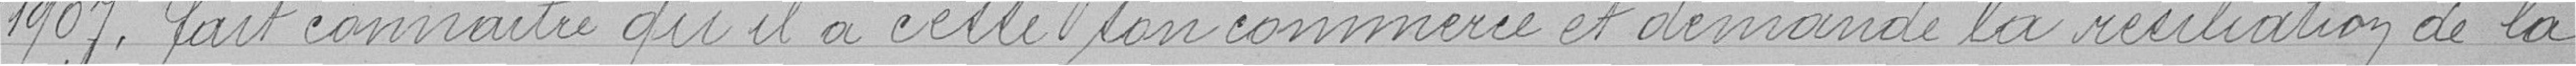
1907, fait connaitre qu'il a cessé son commerce et demande la résiliation de la